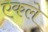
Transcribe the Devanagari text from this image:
एकले